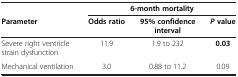
|  | <COLSPAN=3> 6-month mortality |
 | Parameter | Odds ratio | 95% confidence interval | P value |
 | --- | --- | --- | --- |
 | Severe right ventricle strain dysfunction | 11.9 | 1.9 to 232 | 0.03 |
 | Mechanical ventilation | 3.0 | 0.88 to 11.2 | 0.09 |